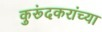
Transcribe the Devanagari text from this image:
कुरूंदकरांच्या